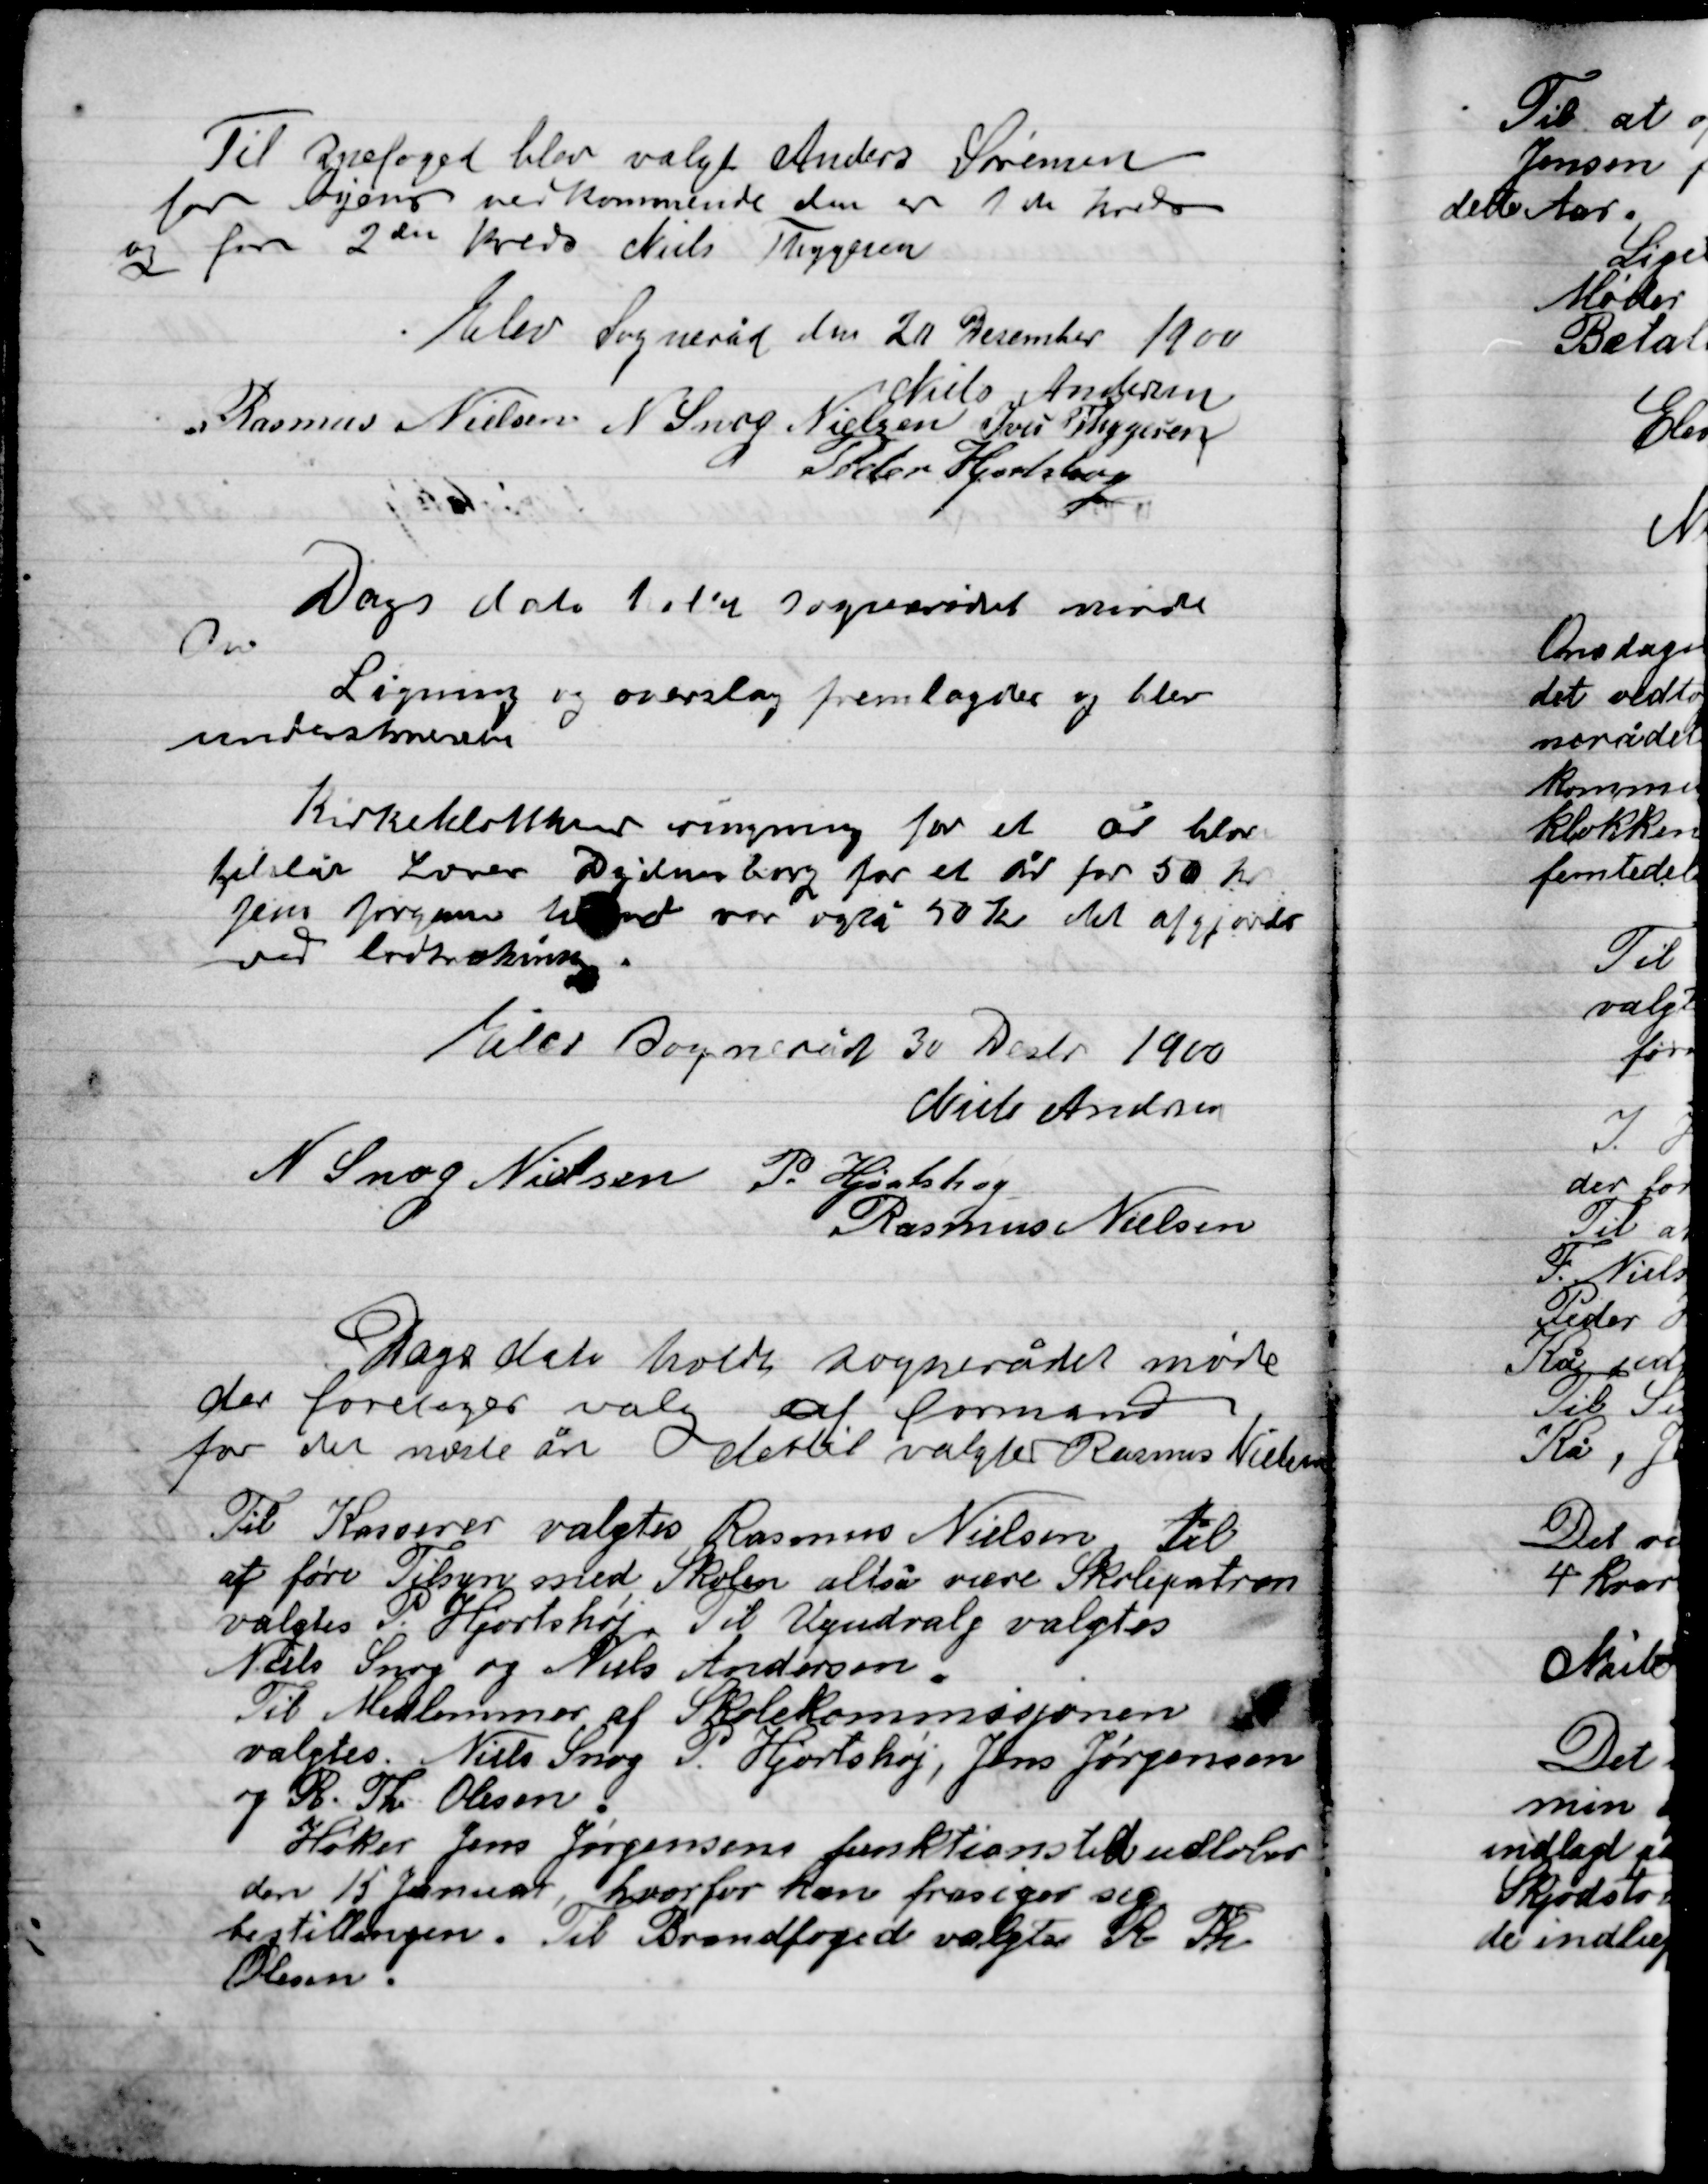
Transskription:
Til Sognefoged blev valgt Anders Sørensen
for byerne vedkommende den er 1st Kreds
og for 2den Kreds Niels Thygesen.

Elev Sogneråd den 20 December 1900

Niels Andersen
Rasmus Nielsen
N. snog Nielsen
Ivar Thygsen
Peder Hjortshøj

Dags dato 1ste Sogneråds møde
Over
Ligning og overslag fremlagtes og blev
Underskreven.
Kirkeklokkerne ringning for et år blev
tilstået Lærer Dydensborg for et år for 50 Kr.
Jens Jørgensen tilstået var også 50 Kr. det afgjordes
ved lodtrækning.

Elev Sognerådet 30 Decbr. 1900

Niels Andersen
N. Snog Nielsen
P. Hjortshøj
Rasmus Nielsen

Dags dato holdt Sognerådet møde
der foretoges valg af formand
for den næste år. dertil valgtes Rasmus Nielsen
Til Kasserer valgtes Rasmus Nielsen til
At føre Tilsyn med Skolen altså være Skolepatron
Valgtes P. Hjortshøj. Til Udvalg valgtes
Niels snog og Niels Andersen.
Til Medlemmer af Skolekommisjonen
Valgtes Niels Snog, P. Hjortshøj, Jens Jørgensen
Og R. Th. Olsen.
Høker Jens Jørgensen funktionsted udløber
den 15 Januar, hvorfor han frasiger sig
bestillingen. Til Brandfoged valgtes R. Th.
Olsen.